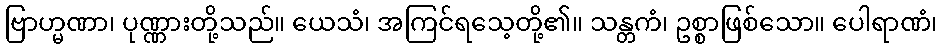
ဗြာဟ္မဏာ၊ ပုဏ္ဏားတို့သည်။ ယေသံ၊ အကြင်ရသေ့တို့၏။ သန္တကံ၊ ဥစ္စာဖြစ်သော။ ပေါရာဏံ၊